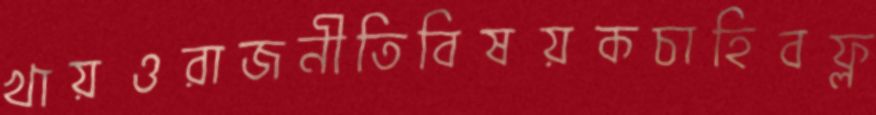
খায়ওরাজনীতিবিষয়কচাহিবফ্ল